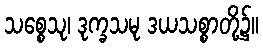
သစ္စေသု၊ ဒုက္ခသမု ဒယသစ္စာတို့၌။